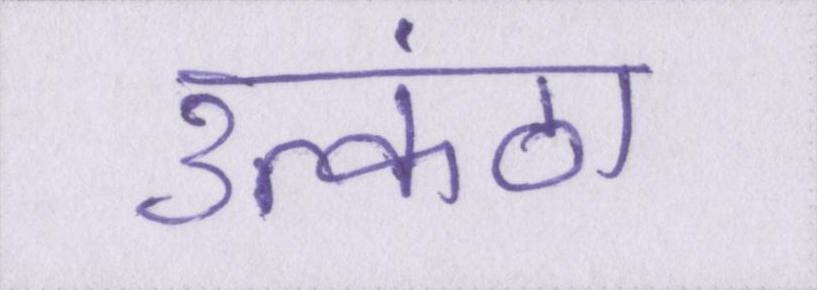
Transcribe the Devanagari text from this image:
उत्कंठा